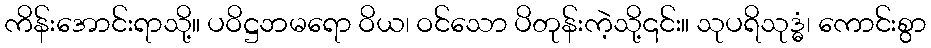
ကိန်းအောင်းရာသို့။ ပဝိဋ္ဌဘမရော ဝိယ၊ ဝင်သော ပိတုန်းကဲ့သို့၎င်း။ သုပရိသုဒ္ဓံ၊ ကောင်းစွာ